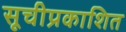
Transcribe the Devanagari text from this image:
सूचीप्रकाशित